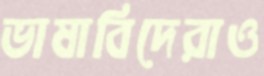
ভাষাবিদেরাও